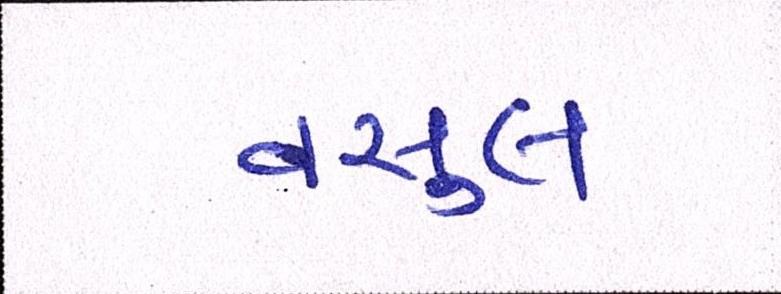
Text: વસુલ